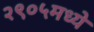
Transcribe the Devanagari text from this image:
२९०५मध्ये